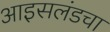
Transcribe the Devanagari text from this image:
आइसलंडचा